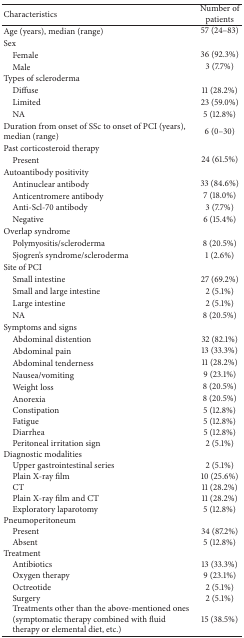
<table><thead><tr><td><b>Characteristics</b></td><td><b>Number of patients</b></td></tr></thead><tbody><tr><td>Age (years), median (range)</td><td>57 (24–83)</td></tr><tr><td>Sex</td><td>[EMPTY_CELL]</td></tr><tr><td> Female</td><td>36 (92.3%)</td></tr><tr><td> Male</td><td>3 (7.7%)</td></tr><tr><td>Types of scleroderma</td><td>[EMPTY_CELL]</td></tr><tr><td> Diffuse</td><td>11 (28.2%)</td></tr><tr><td> Limited</td><td>23 (59.0%)</td></tr><tr><td> NA</td><td>5 (12.8%)</td></tr><tr><td>Duration from onset of SSc to onset of PCI (years), median (range)</td><td>6 (0–30)</td></tr><tr><td>Past corticosteroid therapy</td><td>[EMPTY_CELL]</td></tr><tr><td> Present</td><td>24 (61.5%)</td></tr><tr><td>Autoantibody positivity</td><td>[EMPTY_CELL]</td></tr><tr><td> Antinuclear antibody</td><td>33 (84.6%)</td></tr><tr><td> Anticentromere antibody</td><td>7 (18.0%)</td></tr><tr><td> Anti-Scl-70 antibody</td><td>3 (7.7%)</td></tr><tr><td> Negative</td><td>6 (15.4%)</td></tr><tr><td>Overlap syndrome</td><td>[EMPTY_CELL]</td></tr><tr><td> Polymyositis/scleroderma</td><td>8 (20.5%)</td></tr><tr><td> Sjogren's syndrome/scleroderma</td><td>1 (2.6%)</td></tr><tr><td>Site of PCI</td><td>[EMPTY_CELL]</td></tr><tr><td> Small intestine</td><td>27 (69.2%)</td></tr><tr><td> Small and large intestine</td><td>2 (5.1%)</td></tr><tr><td> Large intestine</td><td>2 (5.1%)</td></tr><tr><td> NA</td><td>8 (20.5%)</td></tr><tr><td>Symptoms and signs</td><td>[EMPTY_CELL]</td></tr><tr><td> Abdominal distention</td><td>32 (82.1%)</td></tr><tr><td> Abdominal pain</td><td>13 (33.3%)</td></tr><tr><td> Abdominal tenderness</td><td>11 (28.2%)</td></tr><tr><td> Nausea/vomiting</td><td>9 (23.1%)</td></tr><tr><td> Weight loss</td><td>8 (20.5%)</td></tr><tr><td> Anorexia</td><td>8 (20.5%)</td></tr><tr><td> Constipation</td><td>5 (12.8%)</td></tr><tr><td> Fatigue</td><td>5 (12.8%)</td></tr><tr><td> Diarrhea</td><td>5 (12.8%)</td></tr><tr><td> Peritoneal irritation sign</td><td>2 (5.1%)</td></tr><tr><td>Diagnostic modalities</td><td>[EMPTY_CELL]</td></tr><tr><td> Upper gastrointestinal series</td><td>2 (5.1%)</td></tr><tr><td> Plain X-ray film</td><td>10 (25.6%)</td></tr><tr><td> CT</td><td>11 (28.2%)</td></tr><tr><td> Plain X-ray film and CT</td><td>11 (28.2%)</td></tr><tr><td> Exploratory laparotomy</td><td>5 (12.8%)</td></tr><tr><td>Pneumoperitoneum</td><td>[EMPTY_CELL]</td></tr><tr><td> Present</td><td>34 (87.2%)</td></tr><tr><td> Absent</td><td>5 (12.8%)</td></tr><tr><td>Treatment</td><td>[EMPTY_CELL]</td></tr><tr><td> Antibiotics</td><td>13 (33.3%)</td></tr><tr><td> Oxygen therapy</td><td>9 (23.1%)</td></tr><tr><td> Octreotide</td><td>2 (5.1%)</td></tr><tr><td> Surgery</td><td>2 (5.1%)</td></tr><tr><td> Treatments other than the above-mentioned ones (symptomatic therapy combined with fluid therapy or elemental diet, etc.)</td><td>15 (38.5%)</td></tr></tbody></table>